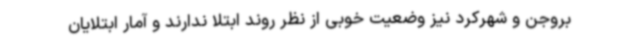
بروجن و شهرکرد نیز وضعیت خوبی از نظر روند ابتلا ندارند و آمار ابتلایان